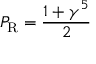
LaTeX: P _ { \mathrm { { R } } } = { \frac { 1 + \gamma ^ { 5 } } { 2 } }